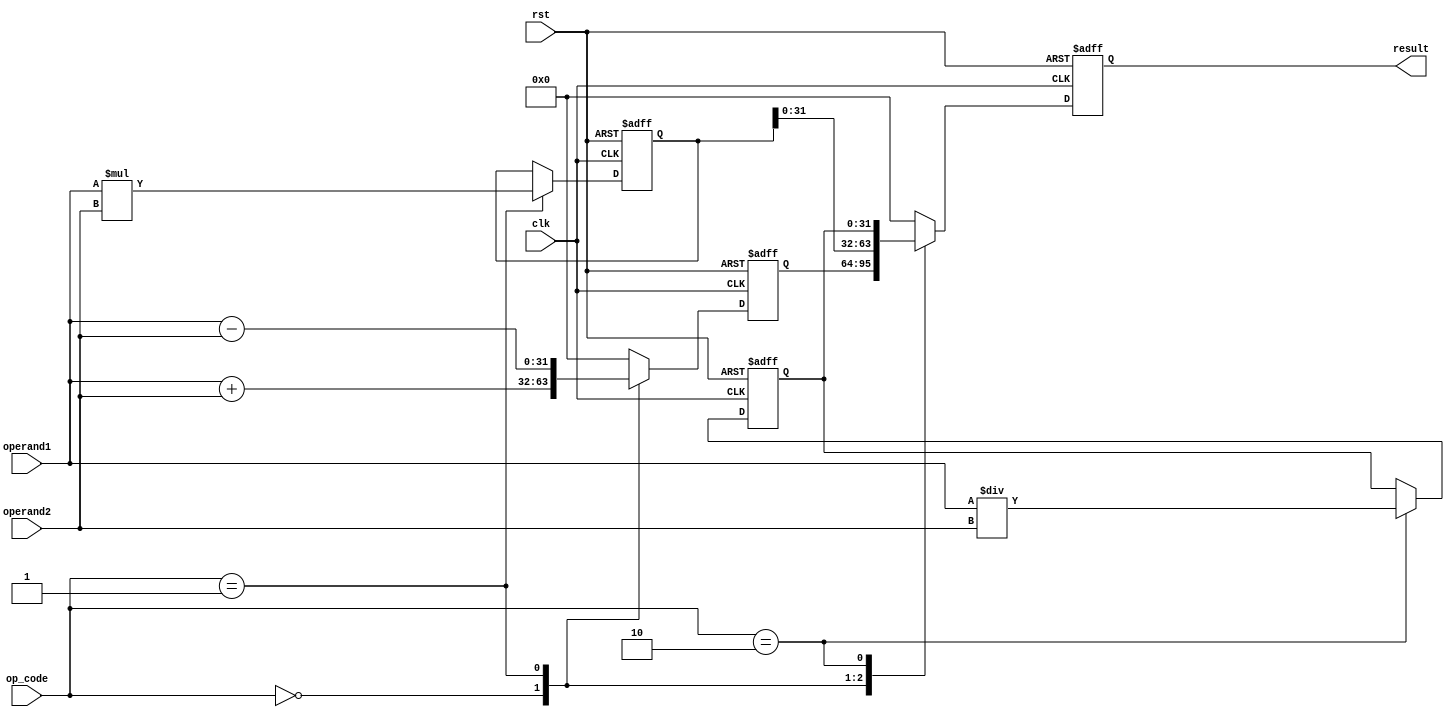
module sfpu (
    input wire clk,
    input wire rst,
    input wire [31:0] operand1,
    input wire [31:0] operand2,
    input wire [1:0] op_code, // 00 for add/sub, 01 for multiply, 10 for divide
    output reg [31:0] result
);

// Adder/Subtractor unit
reg [31:0] add_sub_result;

 always @ (posedge clk or posedge rst) begin
    if (rst) begin
        add_sub_result <= 0;
    end else begin
        case (op_code)
            2'b00: add_sub_result <= operand1 + operand2; // Addition
            2'b01: add_sub_result <= operand1 - operand2; // Subtraction
            default: add_sub_result <= 0;
        endcase
    end
end

// Multiplier unit
reg [63:0] mult_result;

always @ (posedge clk or posedge rst) begin
    if (rst) begin
        mult_result <= 0;
    end else begin
        if (op_code == 2'b01) begin
            mult_result <= operand1 * operand2;
        end
    end
end

// Divider unit
reg [31:0] div_result;

always @ (posedge clk or posedge rst) begin
    if (rst) begin
        div_result <= 0;
    end else begin
        if (op_code == 2'b10) begin
            div_result <= operand1 / operand2;
        end
    end
end

// Control unit
always @ (posedge clk or posedge rst) begin
    if (rst) begin
        result <= 0;
    end else begin
        case (op_code)
            2'b00: result <= add_sub_result;
            2'b01: result <= mult_result[31:0]; // Only lower 32 bits for single precision
            2'b10: result <= div_result;
            default: result <= 0;
        endcase
    end
end

endmodule